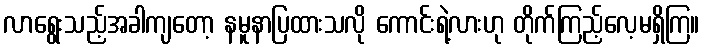
လာရွေးသည့်အခါကျတော့ နမူနာပြထားသလို ကောင်းရဲ့လားဟု တိုက်ကြည့်လေ့မရှိကြ။